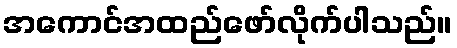
အကောင်အထည်ဖော်လိုက်ပါသည်။